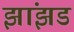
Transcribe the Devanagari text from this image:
झांझड